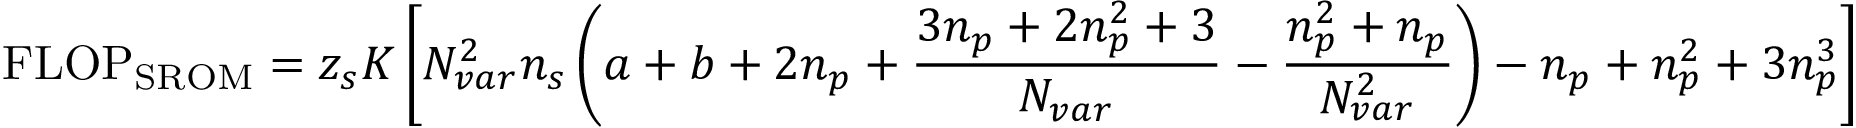
\mathrm { F L O P } _ { \mathrm { S R O M } } = z _ { s } K \left[ \ensuremath { N _ { v a r } } ^ { 2 } \ensuremath { n _ { s } } \left( a + b + 2 \ensuremath { n _ { p } } + \frac { 3 \ensuremath { n _ { p } } + 2 \ensuremath { n _ { p } } ^ { 2 } + 3 } { \ensuremath { N _ { v a r } } } - \frac { \ensuremath { n _ { p } } ^ { 2 } + \ensuremath { n _ { p } } } { \ensuremath { N _ { v a r } } ^ { 2 } } \right) - \ensuremath { n _ { p } } + \ensuremath { n _ { p } } ^ { 2 } + 3 \ensuremath { n _ { p } } ^ { 3 } \right]